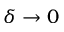
\delta \to 0